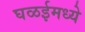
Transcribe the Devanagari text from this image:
घळईमध्ये